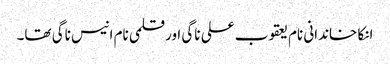
انکا خاندانی نام یعقوب علی ناگی اور قلمی نام انیس ناگی تھا۔